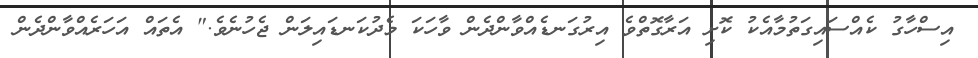
އިސްހާގު ކެއްސައިގަތުމާއެކު ކޮށި އަރާގޮތްވެ އިރުގަނޑެއްވާންދެން ވާހަކަ މެދުކަނޑައިލަން ޖެހުނެވެ." އެތައް އަހަރެއްވާންދެން